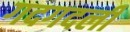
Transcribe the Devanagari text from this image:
गदगदली